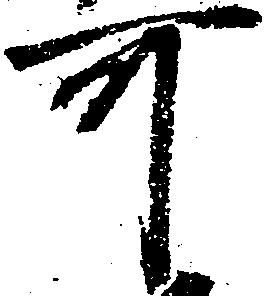
可